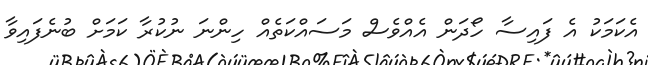
އެކަމަކު އެ ފައިސާ ހޯދަން އެެއްވެސް މަސައްކަތެއް ހިންނަ ނުކުރާ ކަމަށް ބުނެފައިވާ